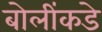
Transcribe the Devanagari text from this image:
बोलींकडे